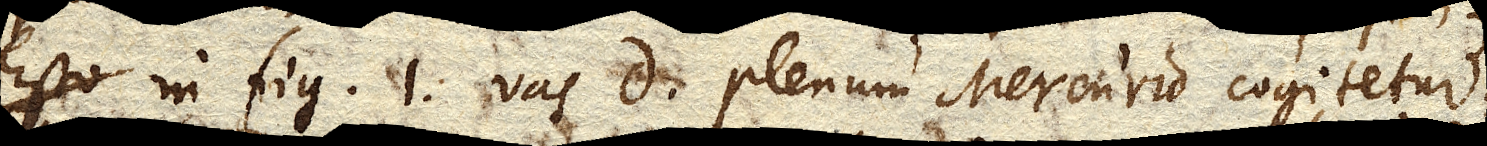
Esto, in fig. 1. vas D plenum Mercurio cogitetur.